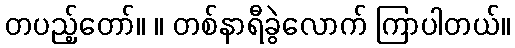
တပည့်တော်။ ။ တစ်နာရီခွဲလောက် ကြာပါတယ်။